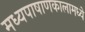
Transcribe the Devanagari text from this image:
मध्यपाषाणकालामध्ये